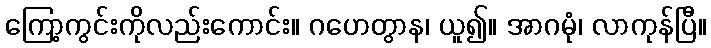
ကြော့ကွင်းကိုလည်းကောင်း။ ဂဟေတွာန၊ ယူ၍။ အာဂမုံ၊ လာကုန်ပြီ။